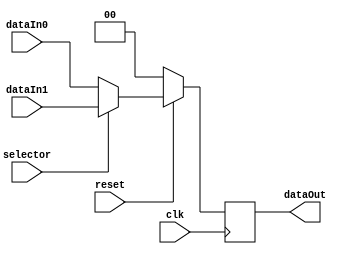
module Mux2x1(
    output reg [1:0]dataOut,
    input [1:0]dataIn0,
    input [1:0]dataIn1,
    input selector,
    input clk,
    input reset);

    reg [1:0]out;

    //Mux de entrada el que escoge entre dataIn1 y dataIn0 a partir del selector
    always @(*)
        begin
            if(selector==0) 
                out=dataIn0;
            else
                out=dataIn1;
        end
    // Flop que guarda lo que sea que este ee el cable out que conecta el mux con el flop
    always @(posedge clk)
        begin
            if(reset == 1)
                dataOut <= out;
            else
                dataOut <= 2'b0;
        end
endmodule